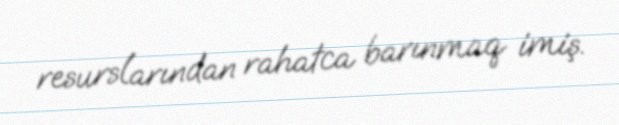
resurslarından rahatca barınmaq imiş.